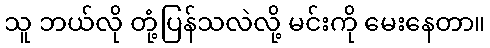
သူ ဘယ်လို တုံ့ပြန်သလဲလို့ မင်းကို မေးနေတာ။